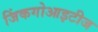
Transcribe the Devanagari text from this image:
जिंकगोआइटीज